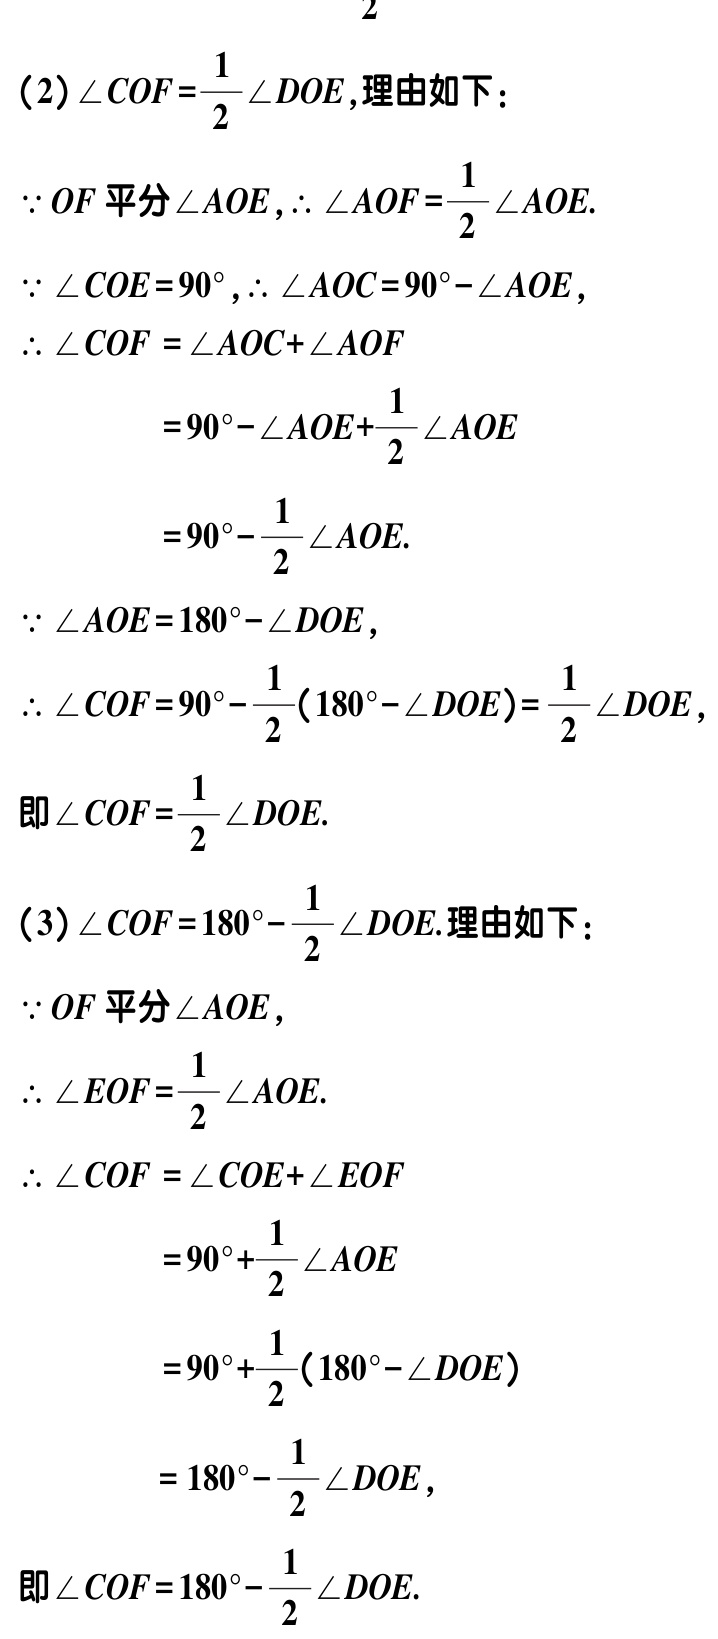
（2）\(\angle COF=\frac{1}{2}\angle DOE\)，理由如下：

\(\because OF\)平分\(\angle AOE\)，\(\therefore \angle AOF = \frac{1}{2}\angle AOE\)。

\(\because \angle COE = 90^{\circ}\)，\(\therefore \angle AOC = 90^{\circ}-\angle AOE\)，

\(\therefore \angle COF=\angle AOC+\angle AOF\)

\(=90^{\circ}-\angle AOE+\frac{1}{2}\angle AOE\)

\(=90^{\circ}-\frac{1}{2}\angle AOE\)。

\(\because \angle AOE = 180^{\circ}-\angle DOE\)，

\(\therefore \angle COF = 90^{\circ}-\frac{1}{2}(180^{\circ}-\angle DOE)=\frac{1}{2}\angle DOE\)，

即\(\angle COF=\frac{1}{2}\angle DOE\)。

（3）\(\angle COF = 180^{\circ}-\frac{1}{2}\angle DOE\)。理由如下：

\(\because OF\)平分\(\angle AOE\)，

\(\therefore \angle EOF=\frac{1}{2}\angle AOE\)。

\(\therefore \angle COF=\angle COE+\angle EOF\)

\(=90^{\circ}+\frac{1}{2}\angle AOE\)

\(=90^{\circ}+\frac{1}{2}(180^{\circ}-\angle DOE)\)

\(=180^{\circ}-\frac{1}{2}\angle DOE\)，

即\(\angle COF = 180^{\circ}-\frac{1}{2}\angle DOE\)。